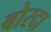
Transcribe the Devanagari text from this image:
बोरदा